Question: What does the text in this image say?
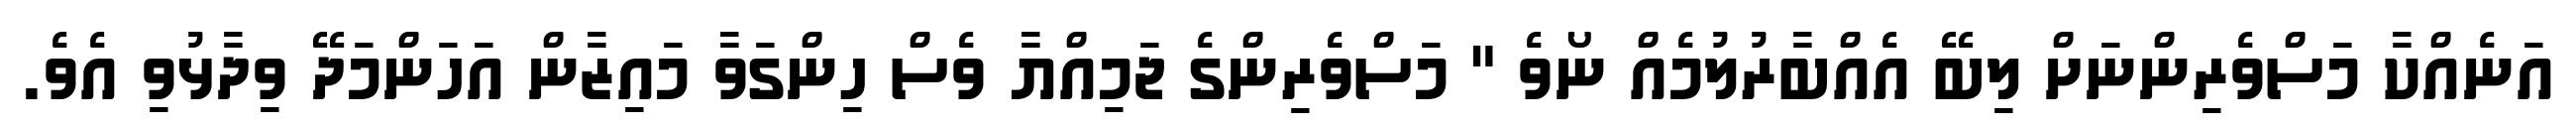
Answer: އަނެއްކާ މަސްވެރިންނަށް ލިބޭ އެއްބާރުލުމެއް ނޯވެ " މަސްވެރިންގެ ޖަމިއްޔާ ވެސް ހިންގަވާ މައިޒާން އަހަންމަދޭ ވިދާޅުވި އެވެ.